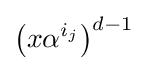
\left(x\alpha ^{i_{j}}\right)^{d-1}